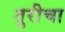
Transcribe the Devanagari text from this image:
तुरीचा